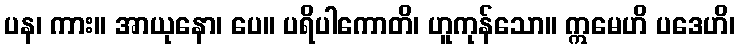
ပန၊ ကား။ အာယုနော၊ ပေ။ ပရိပါကောတိ၊ ဟူကုန်သော။ ဣမေဟိ ပဒေဟိ၊